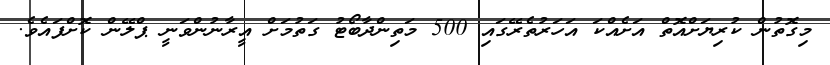
މިގޮތުން ކުރިޔަށްއޮތް އަށެއްކަ އަހަރުތެރޭގައި 500 މަތިންދާބޯޓު ގަތުމަށް އީރާނުންވަނީ ޕްލޭން ކޮށްފައެވެ.